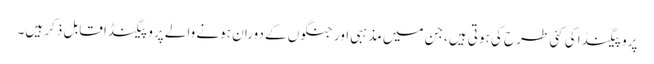
پروپیگنڈا کی کئی طرح کی ہوتی ہیں،جن میں مذہبی اور جنگوں کے دوران ہونے والے پروپیگنڈا قابل ذکر ہیں۔